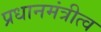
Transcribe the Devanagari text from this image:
प्रधानमंत्रीत्व